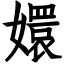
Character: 嬛